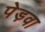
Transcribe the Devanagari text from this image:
पेड़वा